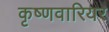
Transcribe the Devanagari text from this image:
कृष्णवारियर